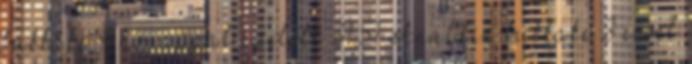
bukkake 4 hónappal ezelőtt 31:51 Analdin bukkake 3 évvel